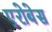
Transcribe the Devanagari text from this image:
एरोबेस